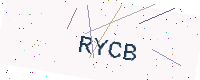
Text: RYCB